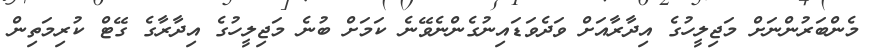
މެންބަރުންނަށް މަޖިލީހުގެ އިދާރާއަށް ވަދެވަޑައިނުގެންނެވޭނެ ކަމަށް ބުނެ މަޖިލީހުގެ އިދާރާގެ ގޭޓް ކުރިމަތިން